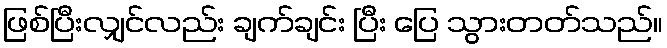
ဖြစ်ပြီးလျှင်လည်း ချက်ချင်း ပြီး ပြေ သွားတတ်သည်။